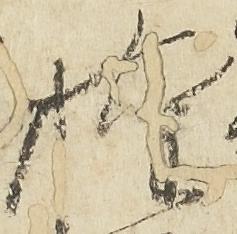
権